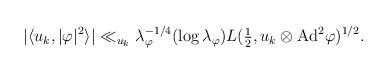
LaTeX: \begin{align*}\begin{aligned}|\langle u_k ,|\varphi|^2 \rangle| \ll_{u_{k}} \lambda_{\varphi}^{-1/4}(\log \lambda_{\varphi})L(\tfrac{1}{2},u_k\otimes \mathrm{Ad}^2\varphi)^{1/2}.\end{aligned}\end{align*}